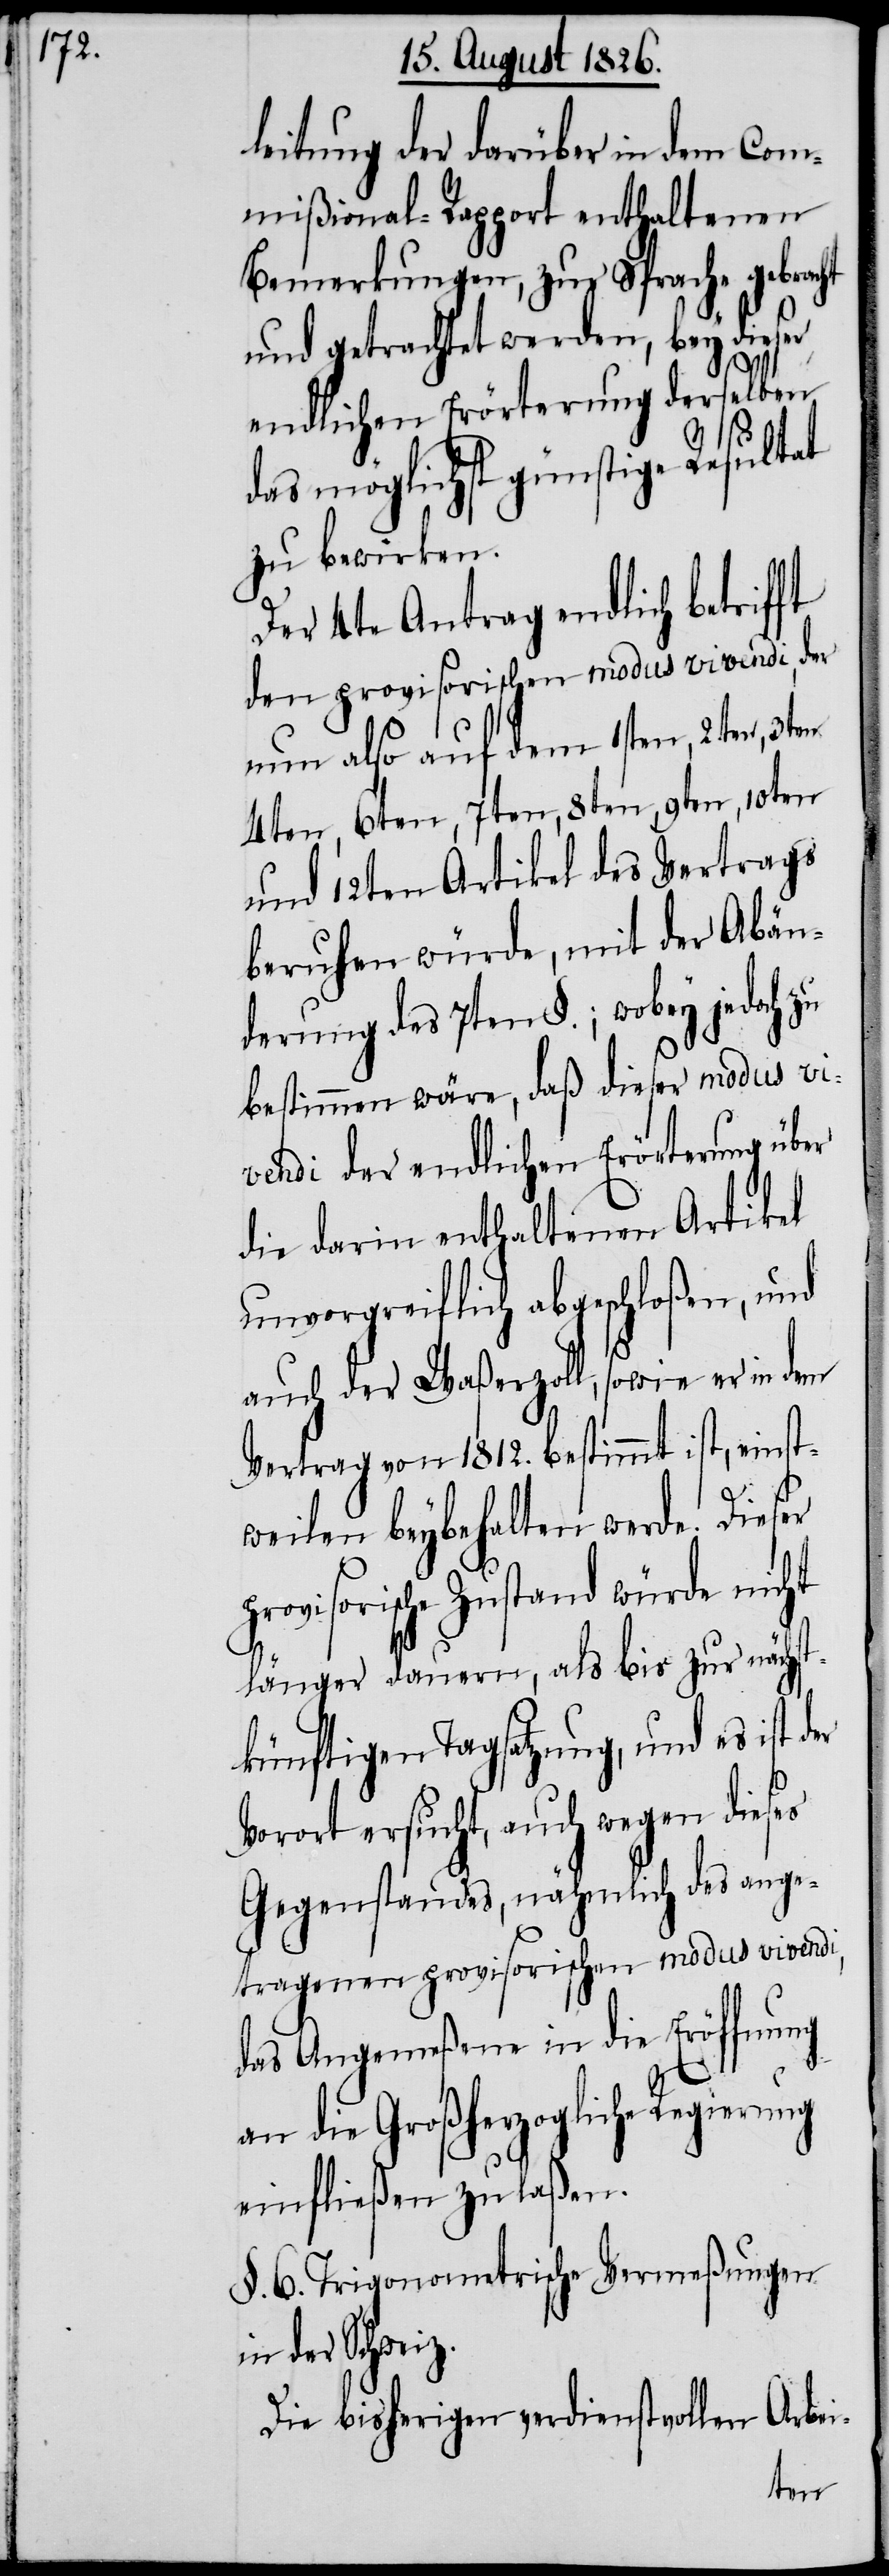
p¬

leitung der darüber in dem Com¬
mißional-Rapport enthaltenen
Bemerkungen, zur Sprache gebracht
und getrachtet werden, bey dieser
endlichen Erörterung derselben
das möglichst günstige Resultat
zu bewirken.
Der 4te Antrag endlich betrifft
den provisorischen modus vivendi, der
nun also auf dem 1sten, 2ten,
4ten, 6ten, 7ten, 8ten, 9ten, 10ten
und 12ten Artikel des Vertrags
beruhen würde, mit der Abän¬
derung des 7ten §.; wobey jedoch zu
bestimmen wäre, daß dieser modus vi¬
vendi der endlichen Erörterung über
die darin enthaltenen Artikel
unvorgreiflich abgeschloßen, und
auch der Waßerzoll, sowie er in dem
Vertrag von 1812. bestimmt ist, einst¬
weilen beybehalten werde. Dieser
rovisorische Zustand würde nicht
länger dauern, als bis zur nächst¬
künftigen Tagsatzung, und es ist der
Vorort ersucht, auch wegen dieses
Gegenstandes, nähmlich des ange¬
tragenen provisorischen modus vivendi,
das Angemeßene in die Eröffnung
an die Großherzogliche Regierung
einfließen zu laßen.
§. 6. Trigonometrische Vermeßungen
in der Schweiz.
Die bisherigen verdienstvollen Arbei-
3ten,